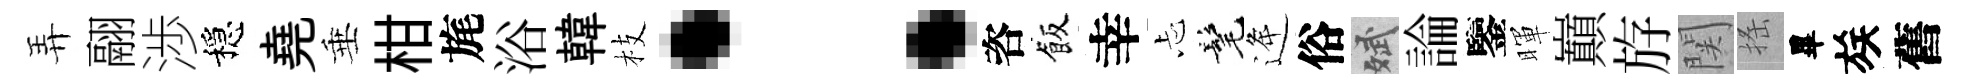
弄翮渉穩堯垂柑旄浴韓枝：咨飯幸忐髦逄俗斌論鑒暉巔斿関搖畢族舊